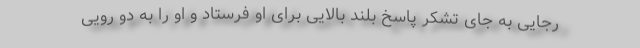
رجایی به جای تشکر پاسخ بلند بالایی برای او فرستاد و او را به دو رویی